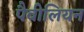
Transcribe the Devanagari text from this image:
पैवीलियन